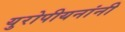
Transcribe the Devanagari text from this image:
युरोपीयनांनी